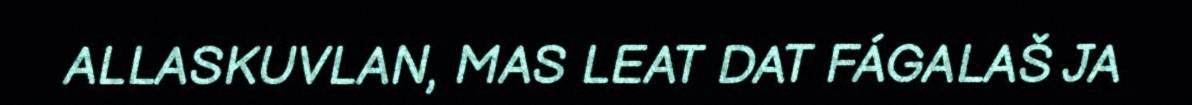
ALLASKUVLAN, MAS LEAT DAT FÁGALAŠ JA